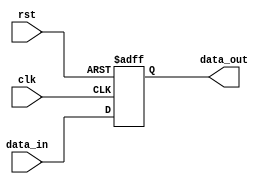
module flip_flop (
    input wire clk,
    input wire rst,
    input wire data_in,
    output reg data_out
);

always @(posedge clk or posedge rst) begin
    if (rst) begin
        data_out <= 1'b0;
    end else begin
        data_out <= data_in;
    end
end

endmodule